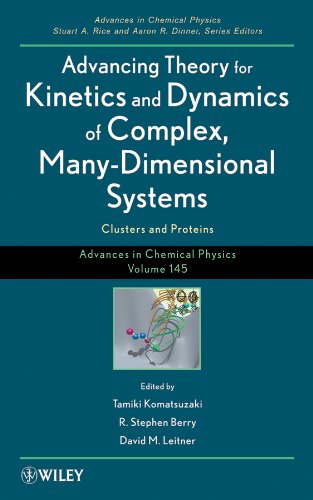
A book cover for Advances in Chemical Physics, Advancing Theory for Kinetics and Dynamics of Complex, Many-Dimensional Systems: Clusters and Proteins (Volume 145); Science & Math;